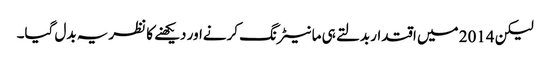
لیکن 2014 میں اقتدار بدلتے ہی مانیٹرنگ کرنےاور دیکھنے کا نظریہ بدل گیا۔